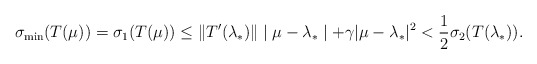
\begin{align*}\sigma_{\min}(T(\mu))=\sigma_1(T(\mu))\leq\| T^{\prime}(\lambda_{*})\|\mid\mu-\lambda_{*}\mid+\gamma|\mu-\lambda_{*}|^{2}<\frac{1}{2}\sigma_{2}(T(\lambda_{*})).\end{align*}